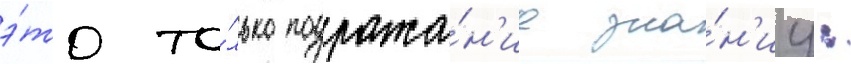
э́то то́лько подража́н'ие зна́н'иу: